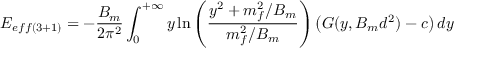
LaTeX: E _ { e f f ( 3 + 1 ) } = - \frac { B _ { m } } { 2 \pi ^ { 2 } } \int _ { 0 } ^ { + \infty } y \ln \left( \frac { y ^ { 2 } + m _ { f } ^ { 2 } / B _ { m } } { m _ { f } ^ { 2 } / B _ { m } } \right) \left( G ( y , B _ { m } d ^ { 2 } ) - c \right) d y